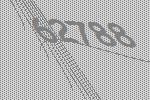
62788